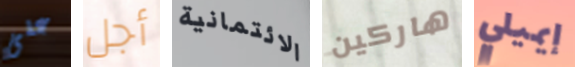
على أجل الائتمانية هاركين إيميلي